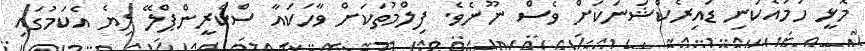
މޮޅީ ހަމައެކަނި ޑައިރެކްޝަނަަކަށް ވެސް ނޫނެވެ. ފިލްމުތަކަށް ވާހަކައާ ސްކްރީންޕްލޭ ލިޔެ އެކަމުގައި